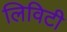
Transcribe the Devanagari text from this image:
लिविटी